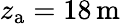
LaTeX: z_{\mathrm{a}}=18\, \mathrm{m}